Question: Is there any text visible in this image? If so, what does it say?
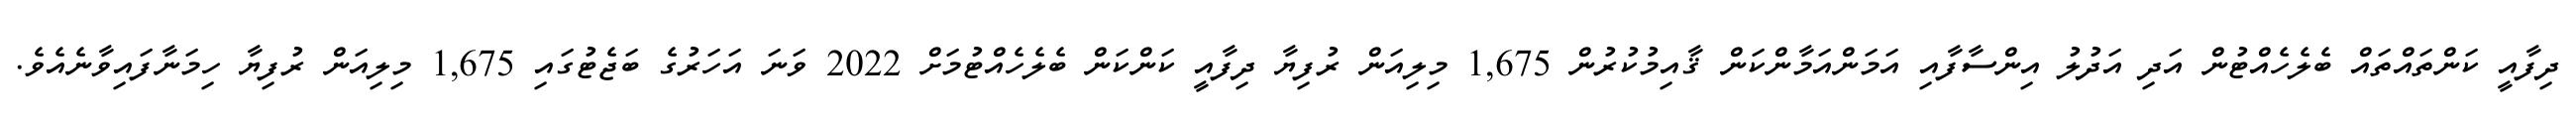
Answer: ދިފާއީ ކަންތައްތައް ބެލެހެއްޓުން އަދި އަދުލު އިންސާފާއި އަމަންއަމާންކަން ޤާއިމުކުރުން 1,675 މިލިއަން ރުފިޔާ ދިފާއީ ކަންކަން ބެލެހެއްޓުމަށް 2022 ވަނަ އަހަރުގެ ބަޖެޓުގައި 1,675 މިލިއަން ރުފިޔާ ހިމަނާފައިވާނެއެވެ.